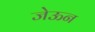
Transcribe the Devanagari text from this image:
जेऊन